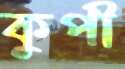
কুপী